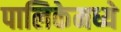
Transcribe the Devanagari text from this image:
पालिकेमध्ये